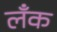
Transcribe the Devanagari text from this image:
लँक